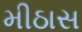
મીઠાસ